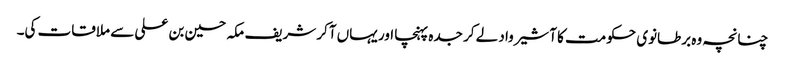
چنانچہ وہ برطانوی حکومت کا آشیرواد لے کر جدہ پہنچا اور یہاں آکر شریف مکہ حسین بن علی سے ملاقات کی۔